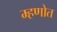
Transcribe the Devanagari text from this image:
म्हणोत